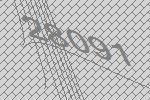
28091